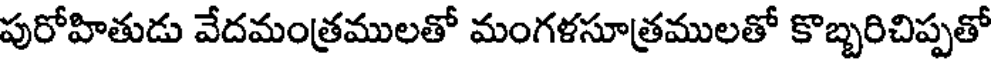
పురోహితుడు వేదమంత్రములతో మంగళసూత్రములతో కొబ్బరిచిప్పతో